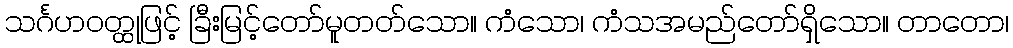
သင်္ဂဟဝတ္ထုဖြင့် ခြီးမြင့်တော်မူတတ်သော။ ကံသော၊ ကံသအမည်တော်ရှိသော။ တာတော၊